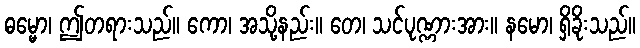
ဓမ္မော၊ ဤတရားသည်။ ကော၊ အသို့နည်း။ တေ၊ သင်ပုဏ္ဏားအား။ နမော၊ ရှိခိုးသည်။